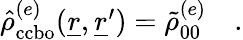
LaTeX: \begin{array}{r}{\hat{\rho}_{\mathrm{ccbo}}^{(e)}(\underline{{r}},\underline{{r}}^{\prime})=\tilde{\rho}_{00}^{(e)}\quad.}\end{array}